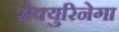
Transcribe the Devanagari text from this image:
सेक्युरिनेगा